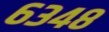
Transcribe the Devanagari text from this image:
६३४८